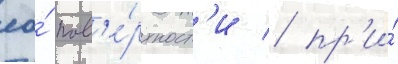
ео́ пов'е́рхност'и / пр'и́